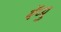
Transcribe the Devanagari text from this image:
बॅप्पु